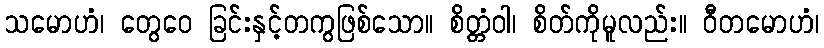
သမောဟံ၊ တွေဝေ ခြင်းနှင့်တကွဖြစ်သော။ စိတ္တံဝါ၊ စိတ်ကိုမူလည်း။ ဝီတမောဟံ၊